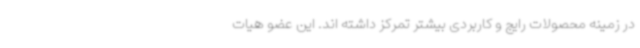
در زمینه محصولات رایج و کاربردی بیشتر تمرکز داشته اند. این عضو هیات